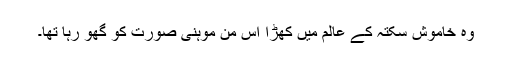
وہ خاموش سکتہ کے عالم میں کھڑا اس من موہنی صورت کو گھو رہا تھا۔